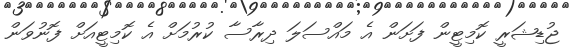
ޖުޑިޝަރީ ކޮމިޓީން ފަށަން އެ މައްސަލަ ދިރާސާ ކުރުމަށް އެ ކޮމިޓީއަށް ފޮނުވަން